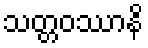
သတ္တဝဿာနိ